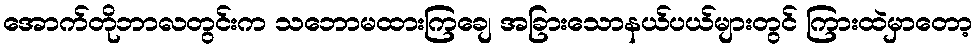
အောက်တိုဘာလတွင်းက သဘောမထားကြချေ အခြားသောနယ်ပယ်များတွင် ကြားထဲမှာတော့